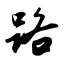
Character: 路